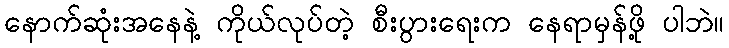
နောက်ဆုံးအနေနဲ့ ကိုယ်လုပ်တဲ့ စီးပွားရေးက နေရာမှန်ဖို့ ပါဘဲ။